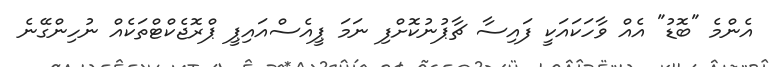
އެންމެ "ބޮޑު" އެއް ވާހަކައަކީ ފައިސާ ޗާޕުނުކޮށްފި ނަމަ ޕީއެސްއައިޕީ ޕްރޮޖެކްޓްތަކެއް ނުހިންގޭނެ